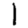
Digit: 1